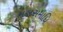
મહાસમાધિ